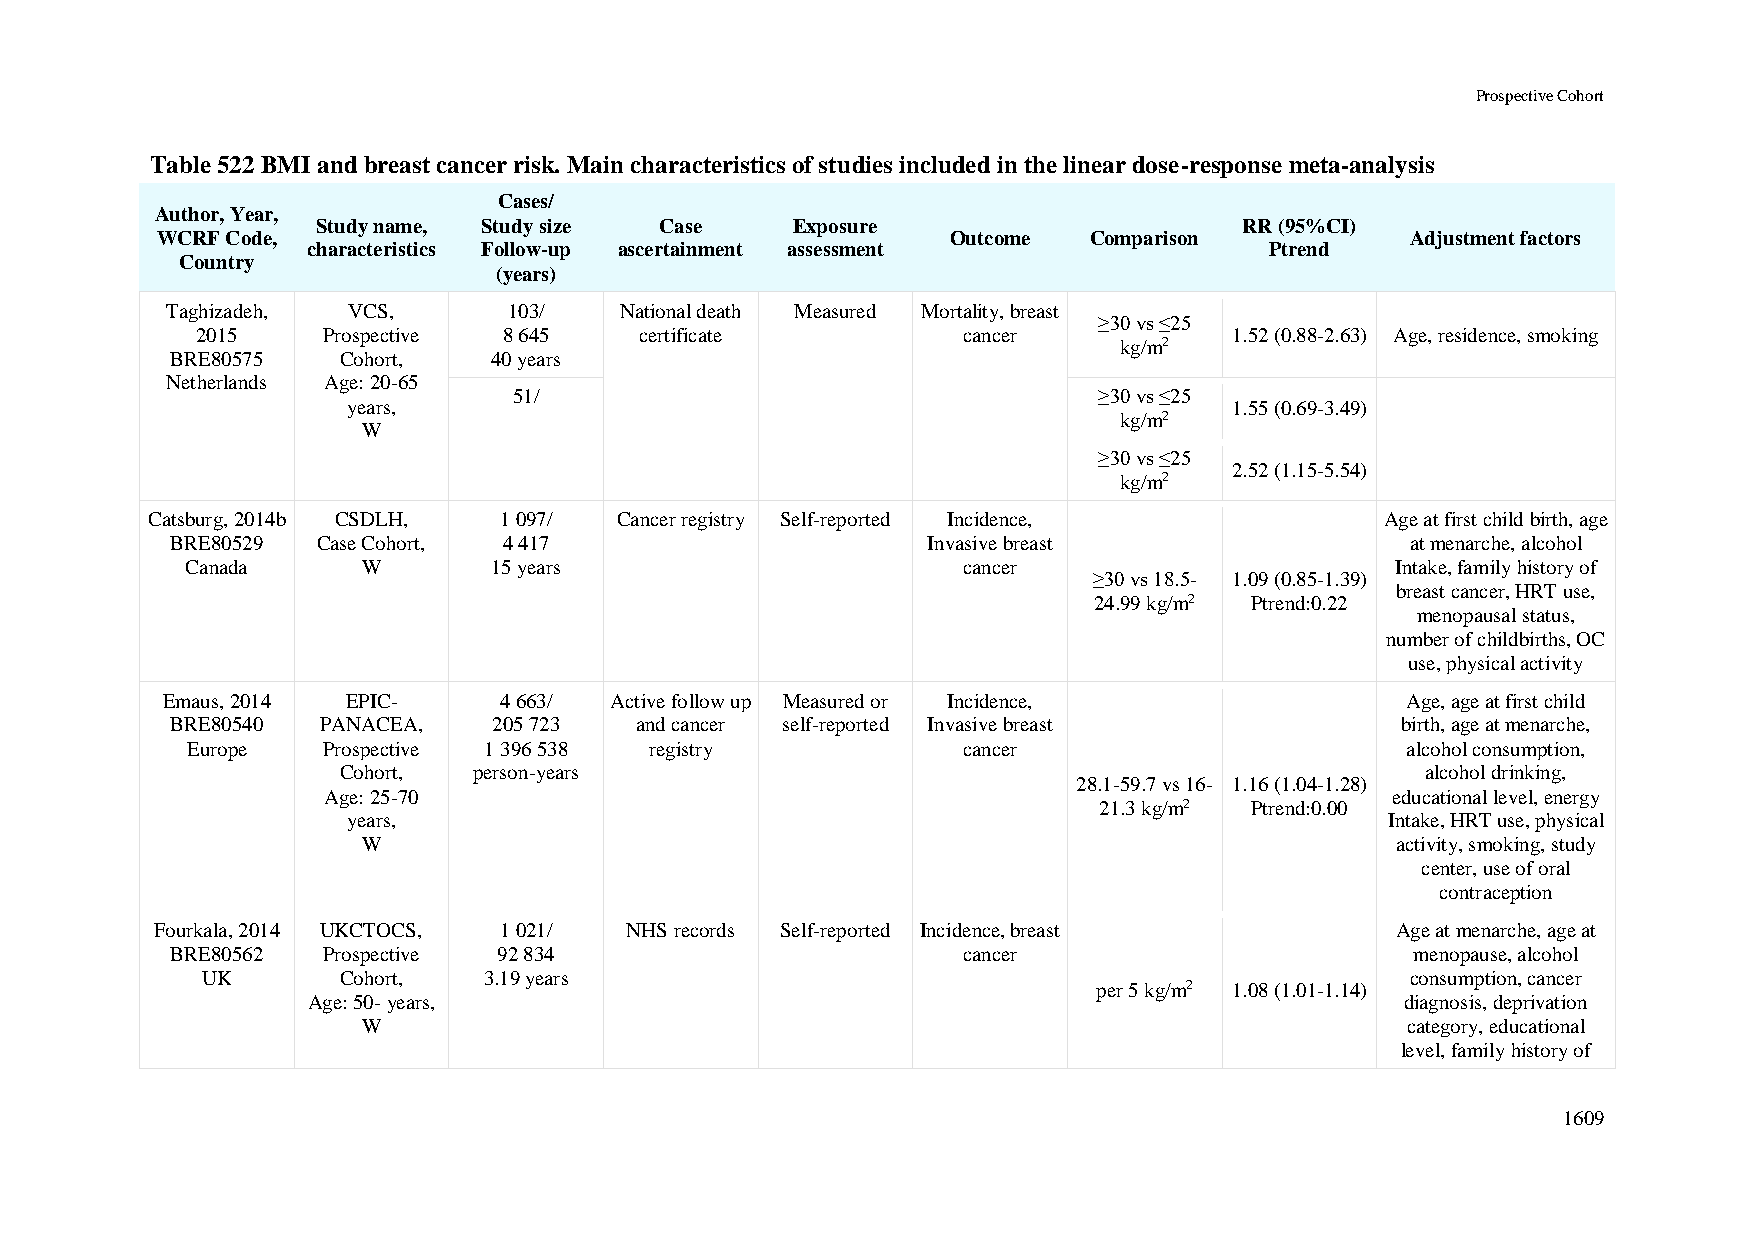
Prospective Cohort
 Table 522 BMI and breast cancer risk. Main characteristics of studies included in the linear dose-response meta-analysis
 Cases/
 Author, Year,
 Study name, Study size Case     Exposure                     RR (95%CI)
 WCRF Code,                                           Outcome  Comparison           Adjustment factors
 characteristics Follow-up ascertainment assessment              Ptrend
 Country
 (years)
 Taghizadeh, VCS,       103/   National death Measured Mortality, breast
 ≥30 vs ≤25
 2015    Prospective 8 645    certificate           cancer            1.52 (0.88-2.63) Age, residence, smoking
 kg/m2
 BRE80575   Cohort,    40 years
 Netherlands Age: 20-65
 51/                                    ≥30 vs ≤25
 years,                                                     1.55 (0.69-3.49)
 kg/m2
 W
 ≥30 vs ≤25
 2.52 (1.15-5.54)
 kg/m2
 Catsburg, 2014b CSDLH, 1 097/  Cancer registry Self-reported Incidence,           Age at first child birth, age
 BRE80529  Case Cohort, 4 417                      Invasive breast                 at menarche, alcohol
 Canada      W        15 years                       cancer                      Intake, family history of
 ≥30 vs 18.5- 1.09 (0.85-1.39)
 breast cancer, HRT use,
 24.99 kg/m2 Ptrend:0.22
 menopausal status,
 number of childbirths, OC
 use, physical activity
 Emaus, 2014 EPIC-     4 663/ Active follow up Measured or Incidence,              Age, age at first child
 BRE80540  PANACEA,    205 723  and cancer self-reported Invasive breast           birth, age at menarche,
 Europe   Prospective 1 396 538 registry             cancer                       alcohol consumption,
 Cohort,  person-years                                                   alcohol drinking,
 28.1-59.7 vs 16- 1.16 (1.04-1.28)
 Age: 25-70                                                             educational level, energy
 21.3 kg/m2 Ptrend:0.00
 years,                                                               Intake, HRT use, physical
 W                                                                   activity, smoking, study
 center, use of oral
 contraception
 Fourkala, 2014 UKCTOCS, 1 021/ NHS records Self-reported Incidence, breast        Age at menarche, age at
 BRE80562  Prospective 92 834                         cancer                        menopause, alcohol
 UK       Cohort,   3.19 years                                                   consumption, cancer
 per 5 kg/m2 1.08 (1.01-1.14)
 Age: 50- years,                                                          diagnosis, deprivation
 W                                                                    category, educational
 level, family history of
 1609